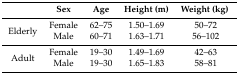
|  | Sex | Age | Height (m) | Weight (kg) |
 | --- | --- | --- | --- | --- |
 | <ROWSPAN=2> Elderly | Female | 62–75 | 1.50–1.69 | 50–72 |
 | Male | 60–71 | 1.63–1.71 | 56–102 |
 | <ROWSPAN=2> Adult | Female | 19–30 | 1.49–1.69 | 42–63 |
 | Male | 19–30 | 1.65–1.83 | 58–81 |